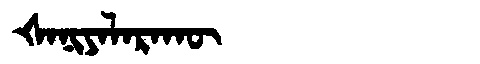
Manchu: ᡧᠠᠨᡳᠶᠠᠯᠠᡵᠠᡴᡡ
Romanization: ŠANIYALARAKŪ